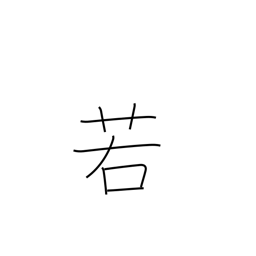
Meaning: perhaps